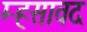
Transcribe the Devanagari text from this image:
म्हसावद